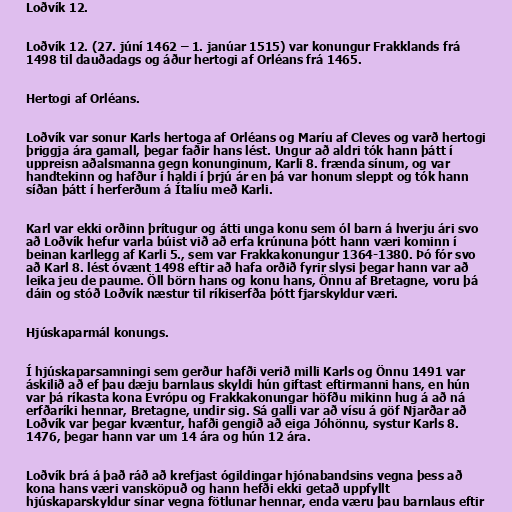
Loðvík 12.

Loðvík 12. (27. júní 1462 – 1. janúar 1515) var konungur Frakklands frá
1498 til dauðadags og áður hertogi af Orléans frá 1465.

Hertogi af Orléans.

Loðvík var sonur Karls hertoga af Orléans og Maríu af Cleves og varð hertogi
þriggja ára gamall, þegar faðir hans lést. Ungur að aldri tók hann þátt í
uppreisn aðalsmanna gegn konunginum, Karli 8. frænda sínum, og var
handtekinn og hafður í haldi í þrjú ár en þá var honum sleppt og tók hann
síðan þátt í herferðum á Ítalíu með Karli.

Karl var ekki orðinn þrítugur og átti unga konu sem ól barn á hverju ári svo
að Loðvík hefur varla búist við að erfa krúnuna þótt hann væri kominn í
beinan karllegg af Karli 5., sem var Frakkakonungur 1364-1380. Þó fór svo
að Karl 8. lést óvænt 1498 eftir að hafa orðið fyrir slysi þegar hann var að
leika jeu de paume. Öll börn hans og konu hans, Önnu af Bretagne, voru þá
dáin og stóð Loðvík næstur til ríkiserfða þótt fjarskyldur væri.

Hjúskaparmál konungs.

Í hjúskaparsamningi sem gerður hafði verið milli Karls og Önnu 1491 var
áskilið að ef þau dæju barnlaus skyldi hún giftast eftirmanni hans, en hún
var þá ríkasta kona Evrópu og Frakkakonungar höfðu mikinn hug á að ná
erfðaríki hennar, Bretagne, undir sig. Sá galli var að vísu á göf Njarðar að
Loðvík var þegar kvæntur, hafði gengið að eiga Jóhönnu, systur Karls 8.
1476, þegar hann var um 14 ára og hún 12 ára.

Loðvík brá á það ráð að krefjast ógildingar hjónabandsins vegna þess að
kona hans væri vansköpuð og hann hefði ekki getað uppfyllt
hjúskaparskyldur sínar vegna fötlunar hennar, enda væru þau barnlaus eftir